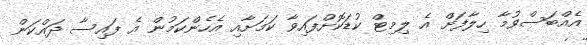
އެއްބަސްވުމާ ހިލާފަށް އެ ލިމިޓް ކުޑަކޮށްފައިވާ ކަމަށާއި އެހެންކަމުން އެ ފައިސާ ދައްކަން